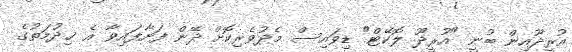
އުރީދޫއިން ބުނީ "އުރީދޫ ލޮކޭޓް" ޑިވައިސް މެދުވެރިކޮށް ދޭން ފަށާފައިވާ އެ ޚިދުމަތުގެ